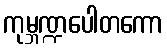
ကုမ္ဘဏ္ဍပေါတကော